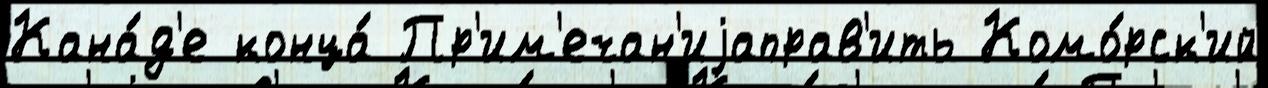
Кана́д'е конца́ Пр'им'ечан'иjаправ'ить Комо́рск'ий